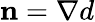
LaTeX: \mathbf n=\nabla d